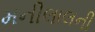
મનીલાલની